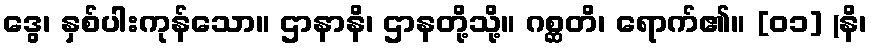
ဒွေ၊ နှစ်ပါးကုန်သော။ ဌာနာနိ၊ ဌာနတို့သို့။ ဂစ္ဆတိ၊ ရောက်၏။ [၀၁] (နိ၊